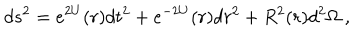
LaTeX: d s ^ { 2 } = e ^ { 2 U } ( r ) d t ^ { 2 } + e ^ { - 2 U } ( r ) d r ^ { 2 } + R ^ { 2 } ( r ) d ^ { 2 } \Omega \ ,